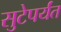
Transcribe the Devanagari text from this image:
सुटेपर्यंत